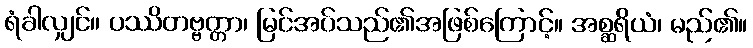
ရံခါလျှင်။ ပဿိတဗ္ဗတ္တာ၊ မြင်အပ်သည်၏အဖြစ်ကြောင့်။ အစ္ဆရိယံ၊ မည်၏။